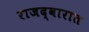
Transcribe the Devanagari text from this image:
राजद्वारात